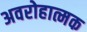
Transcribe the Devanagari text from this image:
अवरोहात्मक